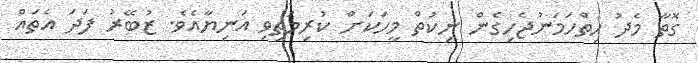
ގޮތާ މެދު ހިތްހަމަނުޖެހިގެން ނިކުތް މީހަކަށް ކުރިމަތިވި އަނިޔާއެވެ. ޒުބޭރު ފަދަ އެތައް